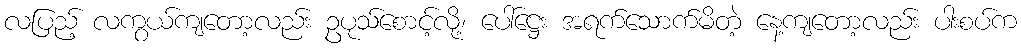
လပြည့် လကွယ်ကျတော့လည်း ဥပုသ်စောင့်လို့၊ ပေါ်ဋ္ဌေး အရက်သောက်မိတဲ့ နေ့ကျတော့လည်း ပါးစပ်က